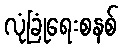
လုံခြုံရေးစနစ်